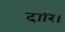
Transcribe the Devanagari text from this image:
दारि।